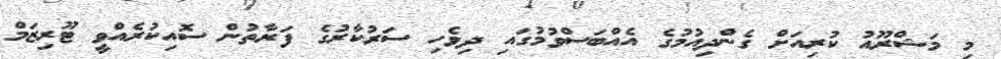
މި މަޝްރޫއު ކުރިއަށް ގެންދިއުމުގެ އެއްބަސްވުމުގައި ދިވެހި ސަރުކާރުގެ ފަރާތުން ސޮއިކުރެއްވީ ޓޫރިޒަމް